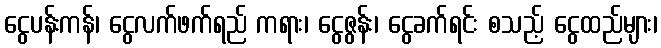
ငွေပန်းကန်၊ ငွေလက်ဖက်ရည် ကရား၊ ငွေဇွန်း၊ ငွေခက်ရင်း စသည့် ငွေထည်များ၊